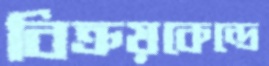
বিক্রয়কেন্দ্রে